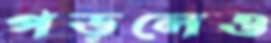
পড়লেও